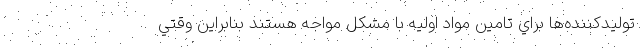
توليدكننده‌ها براي تامين مواد اوليه با مشكل مواجه هستند بنابراين وقتي